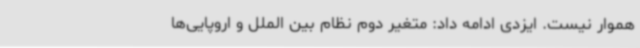
هموار نیست. ایزدی ادامه داد: متغیر دوم نظام بین الملل و اروپایی‌ها